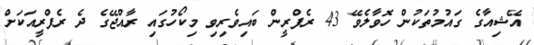
އޭޝިއާގެ ގައުމުތަކުން ހޮވާލެވޭ 43 ރެފްރީން ބައިވެރިވި މިކޯހުގައި ރާއްޖޭގެ ދެ ރެފްރީއަކަށް